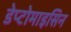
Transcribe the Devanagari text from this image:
डेप्टोमाइसिन